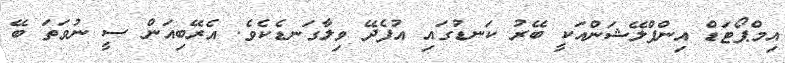
އިމްޕޯޓަޑް އިންފްލޭޝަންއަކީ ބޭރު ކަނޑުގައި އުފެދޭ ވިލާގަނޑެކެވެ. އެރޭބިއަން ސީ ނުވަތަ ބޭ